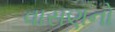
વાસણનો